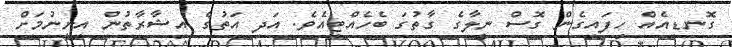
ގޮނޑިއެއް ހިފައިގެން ގޮސް ނީލާގެ ގާތުގަ ބެހެއްޓިއެވެ. އަދި އަތުގެ އިޝާރާތުން އިށީނުމަށް